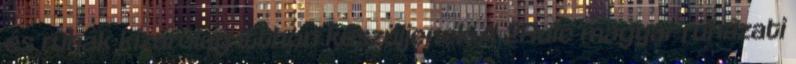
és ruhák kizárólag itthon készüljenek A 2Rule magyar ruházati